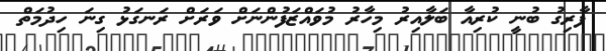
ފާރިގު ބުނީ ކުރިއާ ބަލާއިރު މިހާރު މުވައްޒަފުންނަށް ވަރަށް ރަނގަޅު ގިނަ ހިދުމަތް